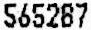
565287